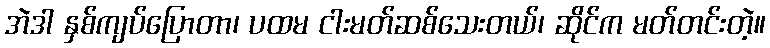
အဲဒါ နှစ်ကျပ်ပြောတာ၊ ပထမ ငါးမတ်ဆစ်သေးတယ်၊ ဆိုင်က မတ်တင်းတဲ့။